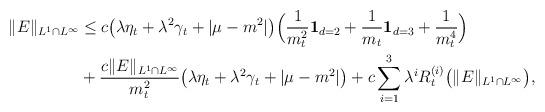
LaTeX: \begin{align*}\|E\|_{L^1\cap L^\infty} &\leq c\big(\lambda\eta_t + \lambda^2\gamma_t + |\mu-m^2|\big)\Big(\frac{1}{m^2_t}{\bf 1}_{d=2} + \frac{1}{m_t}{\bf 1}_{d=3} + \frac{1}{m^4_t}\Big)\\&+ \frac{c\|E\|_{L^1\cap L^\infty}}{m^2_t}\big(\lambda\eta_t + \lambda^2\gamma_t + |\mu-m^2|\big)+ c\sum_{i=1}^3\lambda^i R^{(i)}_{t}\big(\|E\|_{L^1\cap L^\infty}\big), \end{align*}